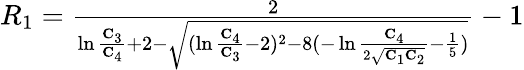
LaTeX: \begin{array}{r}{R_{1}=\frac{2}{\ln\frac{\mathbf{C}_{3}}{\mathbf{C}_{4}}+2-\sqrt{(\ln\frac{\mathbf{C}_{4}}{\mathbf{C}_{3}}-2)^{2}-8(-\ln\frac{\mathbf{C}_{4}}{2\sqrt{\mathbf{C}_{1}\mathbf{C}_{2}}}-\frac{1}{5})}}-1}\end{array}